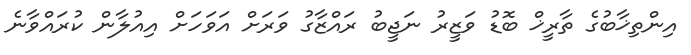
އިންތިޚާބުގެ ތާރީޚް ބޮޑު ވަޒީރު ނަޖީބު ރައްޒާގު ވަރަށް އަވަހަށް އިއުލާން ކުރައްވާނެ